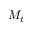
M _ { t }